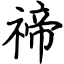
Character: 禘